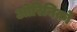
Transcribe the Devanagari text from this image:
ओरिनिको